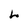
Character: L